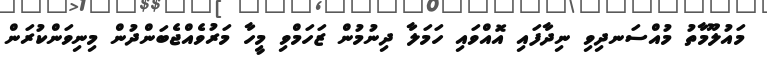
މައުލޫމާތު މުއްސަނދިވި ނިދާފައި އޮއްވައި ހަމަލާ ދިނުމުން ޒަހަމްވި މީހާ މަރުވެއްޖެބަންދުން މިނިވަންކުރަން